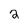
Character: 2